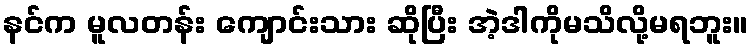
နင်က မူလတန်း ကျောင်းသား ဆိုပြီး အဲ့ဒါကိုမသိလို့မရဘူး။